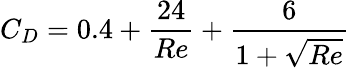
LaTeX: C_{D}=0.4+\frac{24}{Re}+\frac{6}{1+\sqrt{Re}}